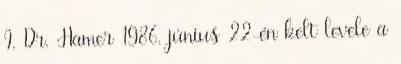
I. Dr. Hamer 1986. június 22-én kelt levele a